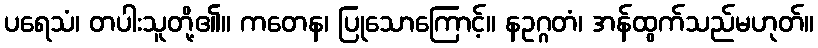
ပရေသံ၊ တပါးသူတို့၏။ ကတေန၊ ပြုသောကြောင့်။ နဥဂ္ဂတံ၊ အန်ထွက်သည်မဟုတ်။